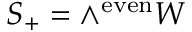
S _ { + } = \wedge ^ { \mathrm { e v e n } } W